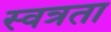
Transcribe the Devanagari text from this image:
स्वत्रता